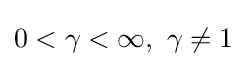
0<\gamma <\infty ,\ \gamma \neq 1